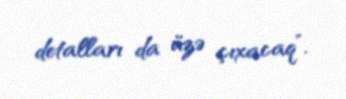
detalları da üzə çıxacaq”.